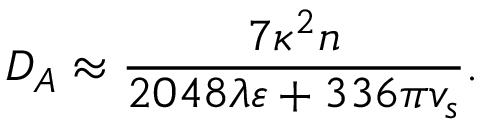
D _ { A } \approx \frac { 7 \kappa ^ { 2 } n } { 2 0 4 8 \lambda \varepsilon + 3 3 6 \pi v _ { s } } .